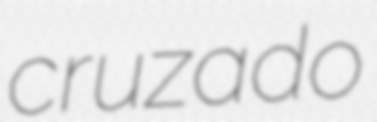
cruzado